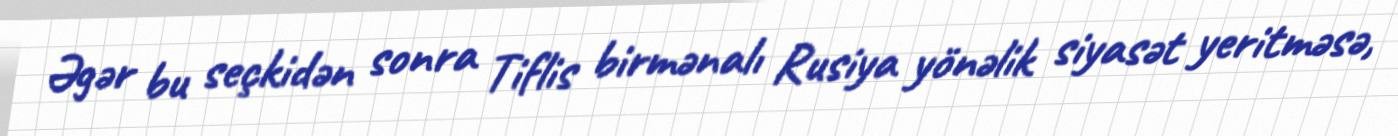
Əgər bu seçkidən sonra Tiflis birmənalı Rusiya yönəlik siyasət yeritməsə,